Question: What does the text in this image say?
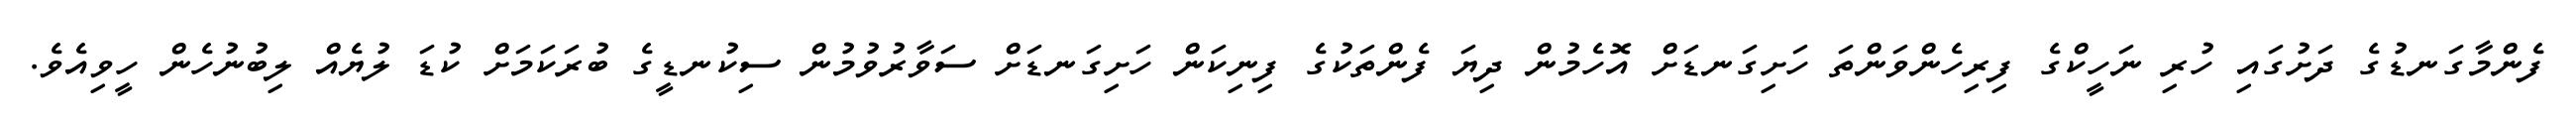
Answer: ފެންމާގަނޑުގެ ދަށުގައި ހުރި ނަހީކްގެ ފިރިހެންވަންތަ ހަށިގަނޑަށް އޮހެމުން ދިޔަ ފެންތަކުގެ ފިނިކަން ހަށިގަނޑަށް ސަވާރުވުމުން ސިކުނޑީގެ ބުރަކަމަށް ކުޑަ ލުޔެއް ލިބުނުހެން ހީވިއެވެ.